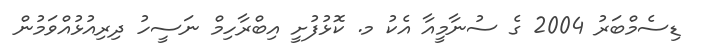
ޑިސެމްބަރު 2004 ގެ ސުނާމީއާ އެކު މ. ކޮޅުފުށީ އިބްރާހިމް ނަސީހު ދިރިއުޅުއްވަމުން